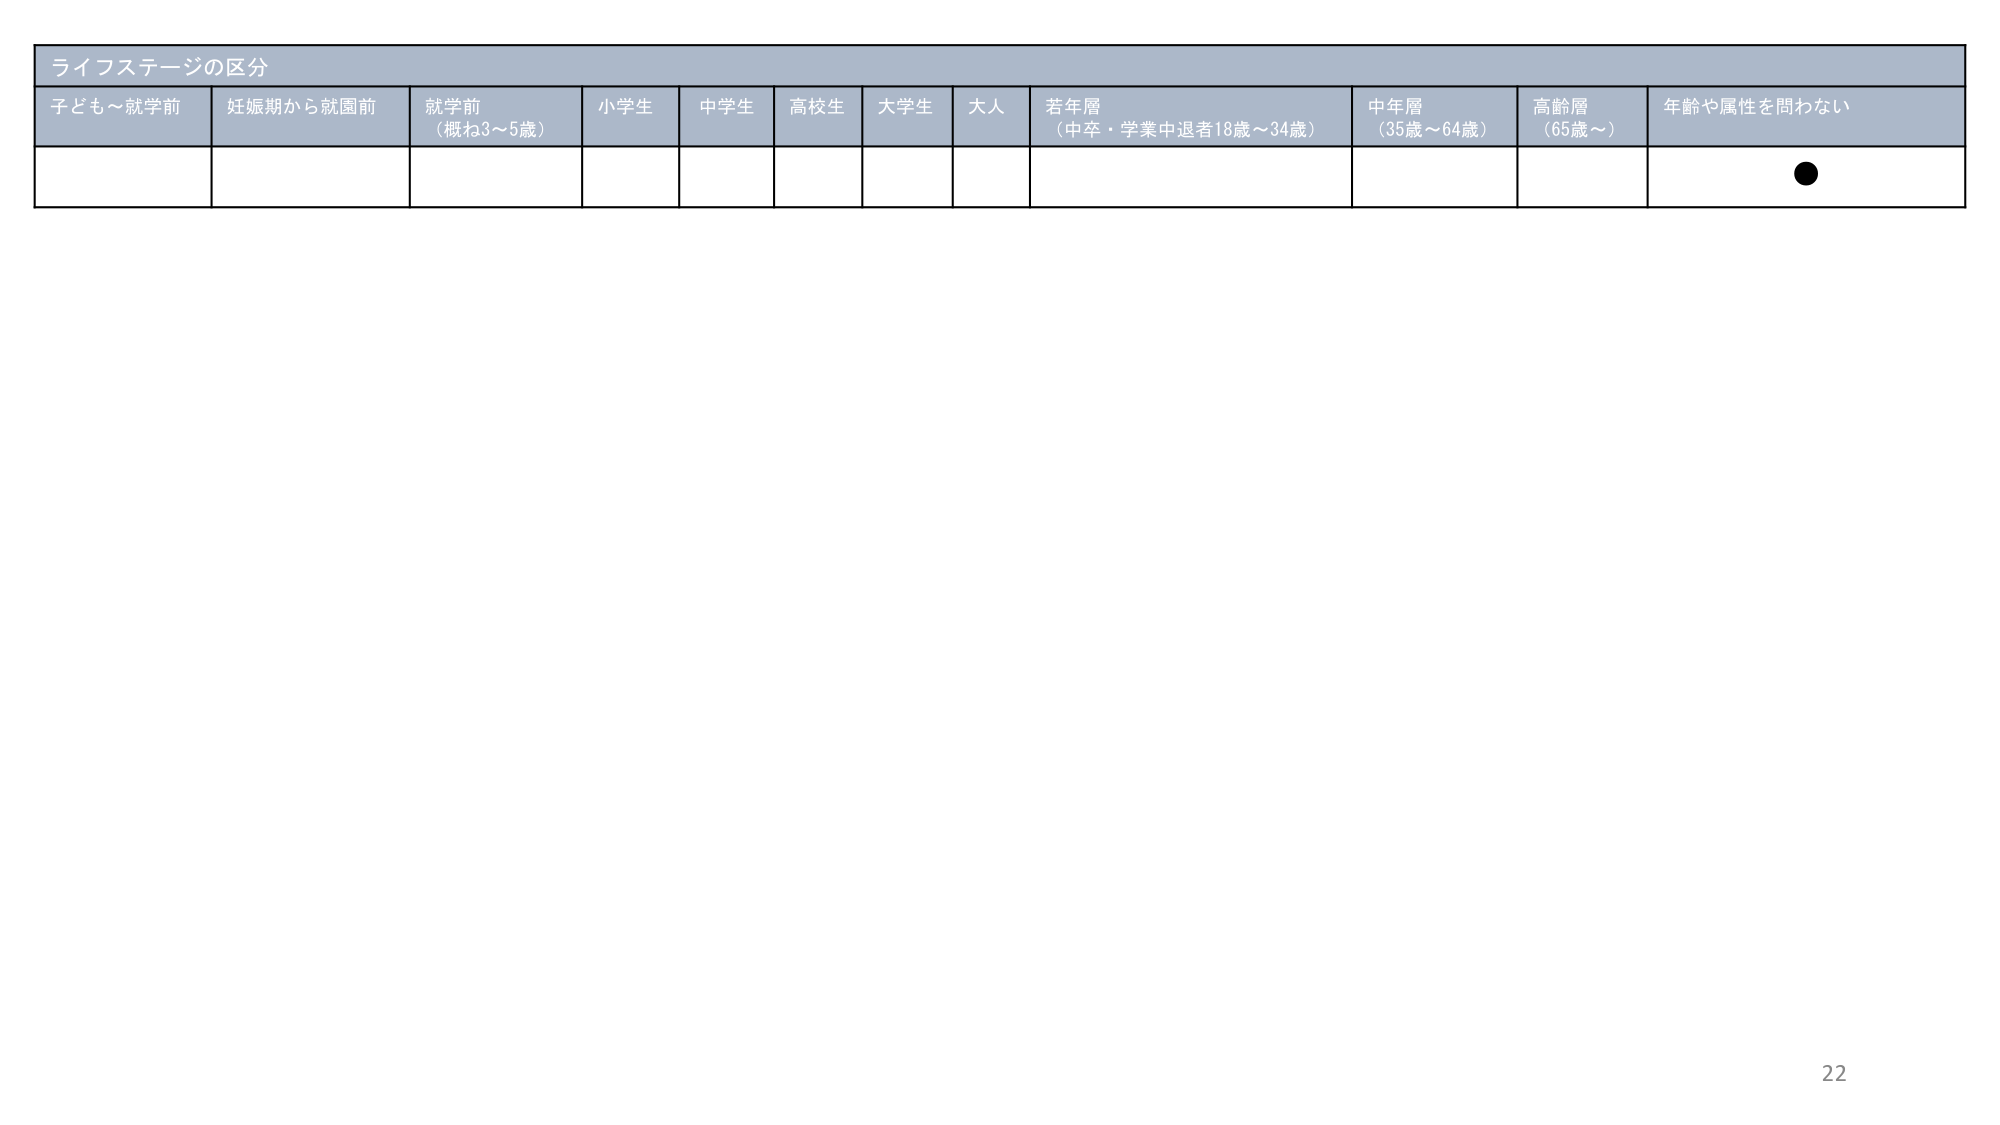
ライフステージの区分
子ども～就学前
妊娠期から就園前
就学前
（概ね3～5歳）
小学生
中学生
高校生
大学生
大人
若年層
（中卒・学業中退者18歳～34歳）
中年層
（35歳～64歳）
高齢層
（65歳～）
年齢や属性を問わない
●
22